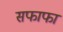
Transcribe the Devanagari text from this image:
सफाफा